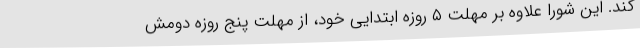
کند. این شورا علاوه بر مهلت ۵ روزه ابتدایی خود، از مهلت پنج روزه دومش